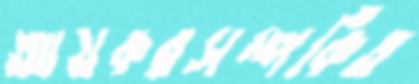
আয়করসম্পর্কিত